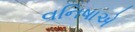
વનિષાએ